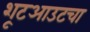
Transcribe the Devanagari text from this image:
शूटआउटचा